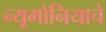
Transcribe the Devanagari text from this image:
न्यूमोनियाचे